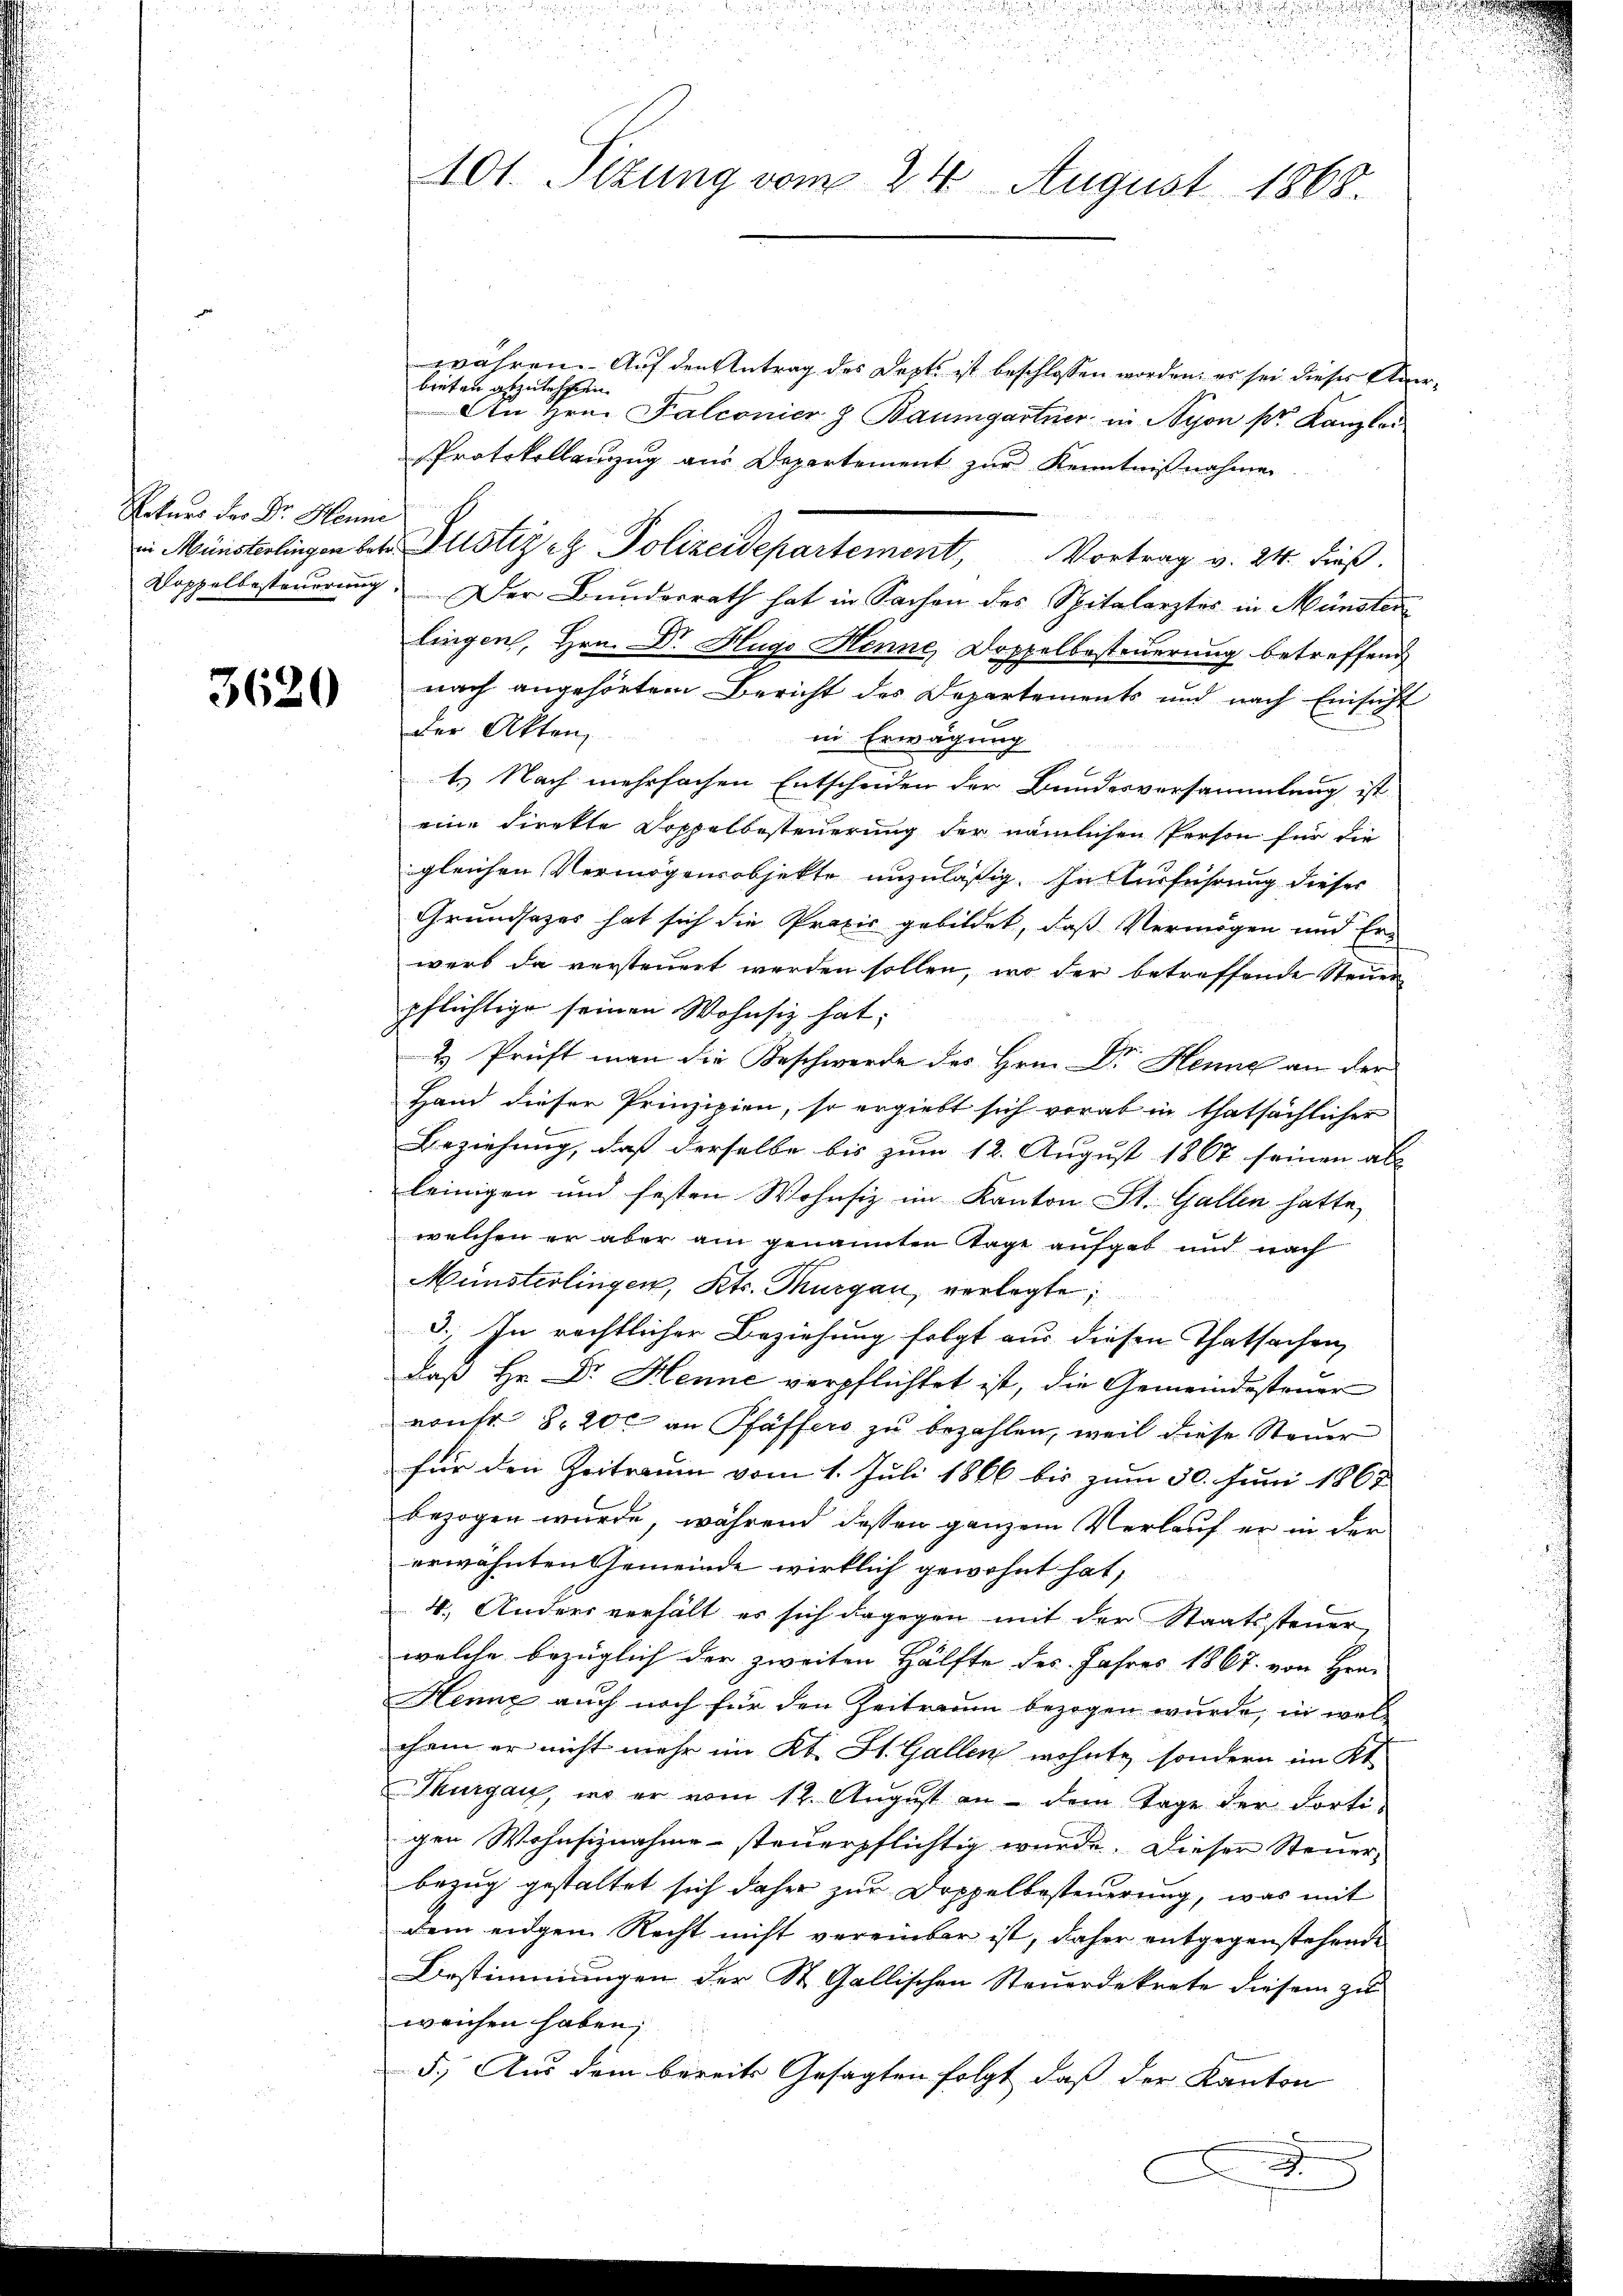
Rekurs der Dr. Henne

3620

währen. Auf den Antrag des Depts ist beschlossen worden; es sei dieses Anerbieten abzulehnen
An Hrn. Falconier z Baumgartner in Nyon pr. Kanzlei
Protokollauszug aus Departement zur Kenntnißnahmen
 Münsterlingen betr. Justiz - Polizeidepartement, Vortrag v. 24. dieβ.
Doppelbesteuerung. Der Bunderrath hat in Sachen des Spitalarztes in Münsten
lingen, Hrn. Dr Hugo Henne, Doppelbesteuerung betreffend
nach angehörtem Bericht des Departements und nach Einsicht
der Akten
in Erwägung
1.) Nach mehrfachen Entscheiden der Bundesversammlung ist
eine direkte Doppelbesteuerung der nämlichen Person für die
gleichen Vermögensobjekte unzuläßig. In Ausführung dieses
Grundsazes hat sich die Praxis gebildet, daß Vermögen und Er-
werb da versteuert werden sollen, wo der betreffende Steuer
pflichtige seinen Wohnsitz hat;
& Prüft man die Beschwerde des Hrn. Dr. Henne an der
Hand dieser Prinzipien, so ergiebt sich vorab in thatsächlicher
Beziehung, daß derselbe bis zum 12. August 1867 seinen ab
leinigen und festen Wohnsiz im Kanton St. Gallen hatte,
welchen er aber am genannten Tage aufgab und nach
Münsterlingen, Kts. Thurgau, verlegte;
3.) In rechtlicher Beziehung folgt aus diesen Thatsachen
2
daß Hr. Dr. Henne verpflichtet ist, die Gemeindesteuer
vonfr. 8. 200 an Pfäffers zu bezahlen, weil diese Steuer
für den Zeitraum vom 1. Juli 1866 bis zum 30. Juni 1867
bezogen wurde, während dessen ganzem Verlauf er in der
erwähnten Gemeinde wirklich gewohnt hat,
4. Anders verhält es sich dagegen mit der Staatssteuer,
welche bezüglich der zweiten Hälfte des Jahres 1867 von Hrn.
Henne auch noch für den Zeitraum bezogen wurde, in welchem er nicht mehr im Kt. St. Gallen wohnte sondern im Kt.
Thurgau, wo er vom 12. August an dem Tage der Fortigen Wohnsiznahme steuerpflichtig wurde. Dieser Steuerbezug gestaltet sich daher zur Doppelbesteuerung, was mit
alein eingen Recht nicht vereinbar ist, daher entgegenstehende
Bestimmungen der St. Gallischen Steuerdekrete diesem zu
weichen haben,
5.) Aus dem bereits Gesagten folgt, daß der Kanton
erungen
d

101. Sizung vom 24. August 1868.